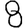
Digit: 8